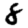
Digit: 8